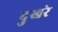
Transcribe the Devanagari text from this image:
दुखरे